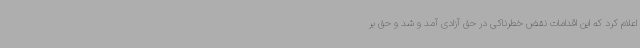
اعلام کرد که این اقدامات نقض خطرناکی در حق آزادی آمد و شد و حق بر